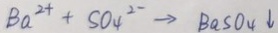
B a ^ { 2 + } + S O _ { 4 } ^ { 2 - } \rightarrow B a S O _ { 4 } \downarrow